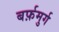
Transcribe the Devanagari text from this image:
बर्फ़मुर्ग